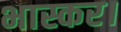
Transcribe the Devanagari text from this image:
भास्कर।